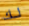
لك